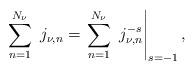
LaTeX: \begin{align*} \sum_{n=1}^{N_{\nu}} \ j_{\nu,n} = \left. \sum_{n=1}^{N_{\nu}} \ j_{\nu,n}^{-s} \right|_{s=-1},\end{align*}